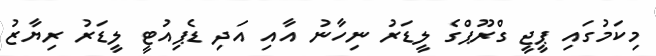
މިކަމުގައި ޕީޖީ ގްރޫޕްގެ ލީޑަރު ނިހާނު އާއި އަދި ޑެޕިއުޓީ ލީޑަރު ރިޔާޒު